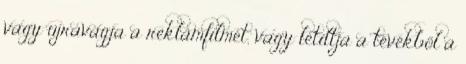
vagy újravágja a reklámfilmet, vagy letiltja a tévékből a